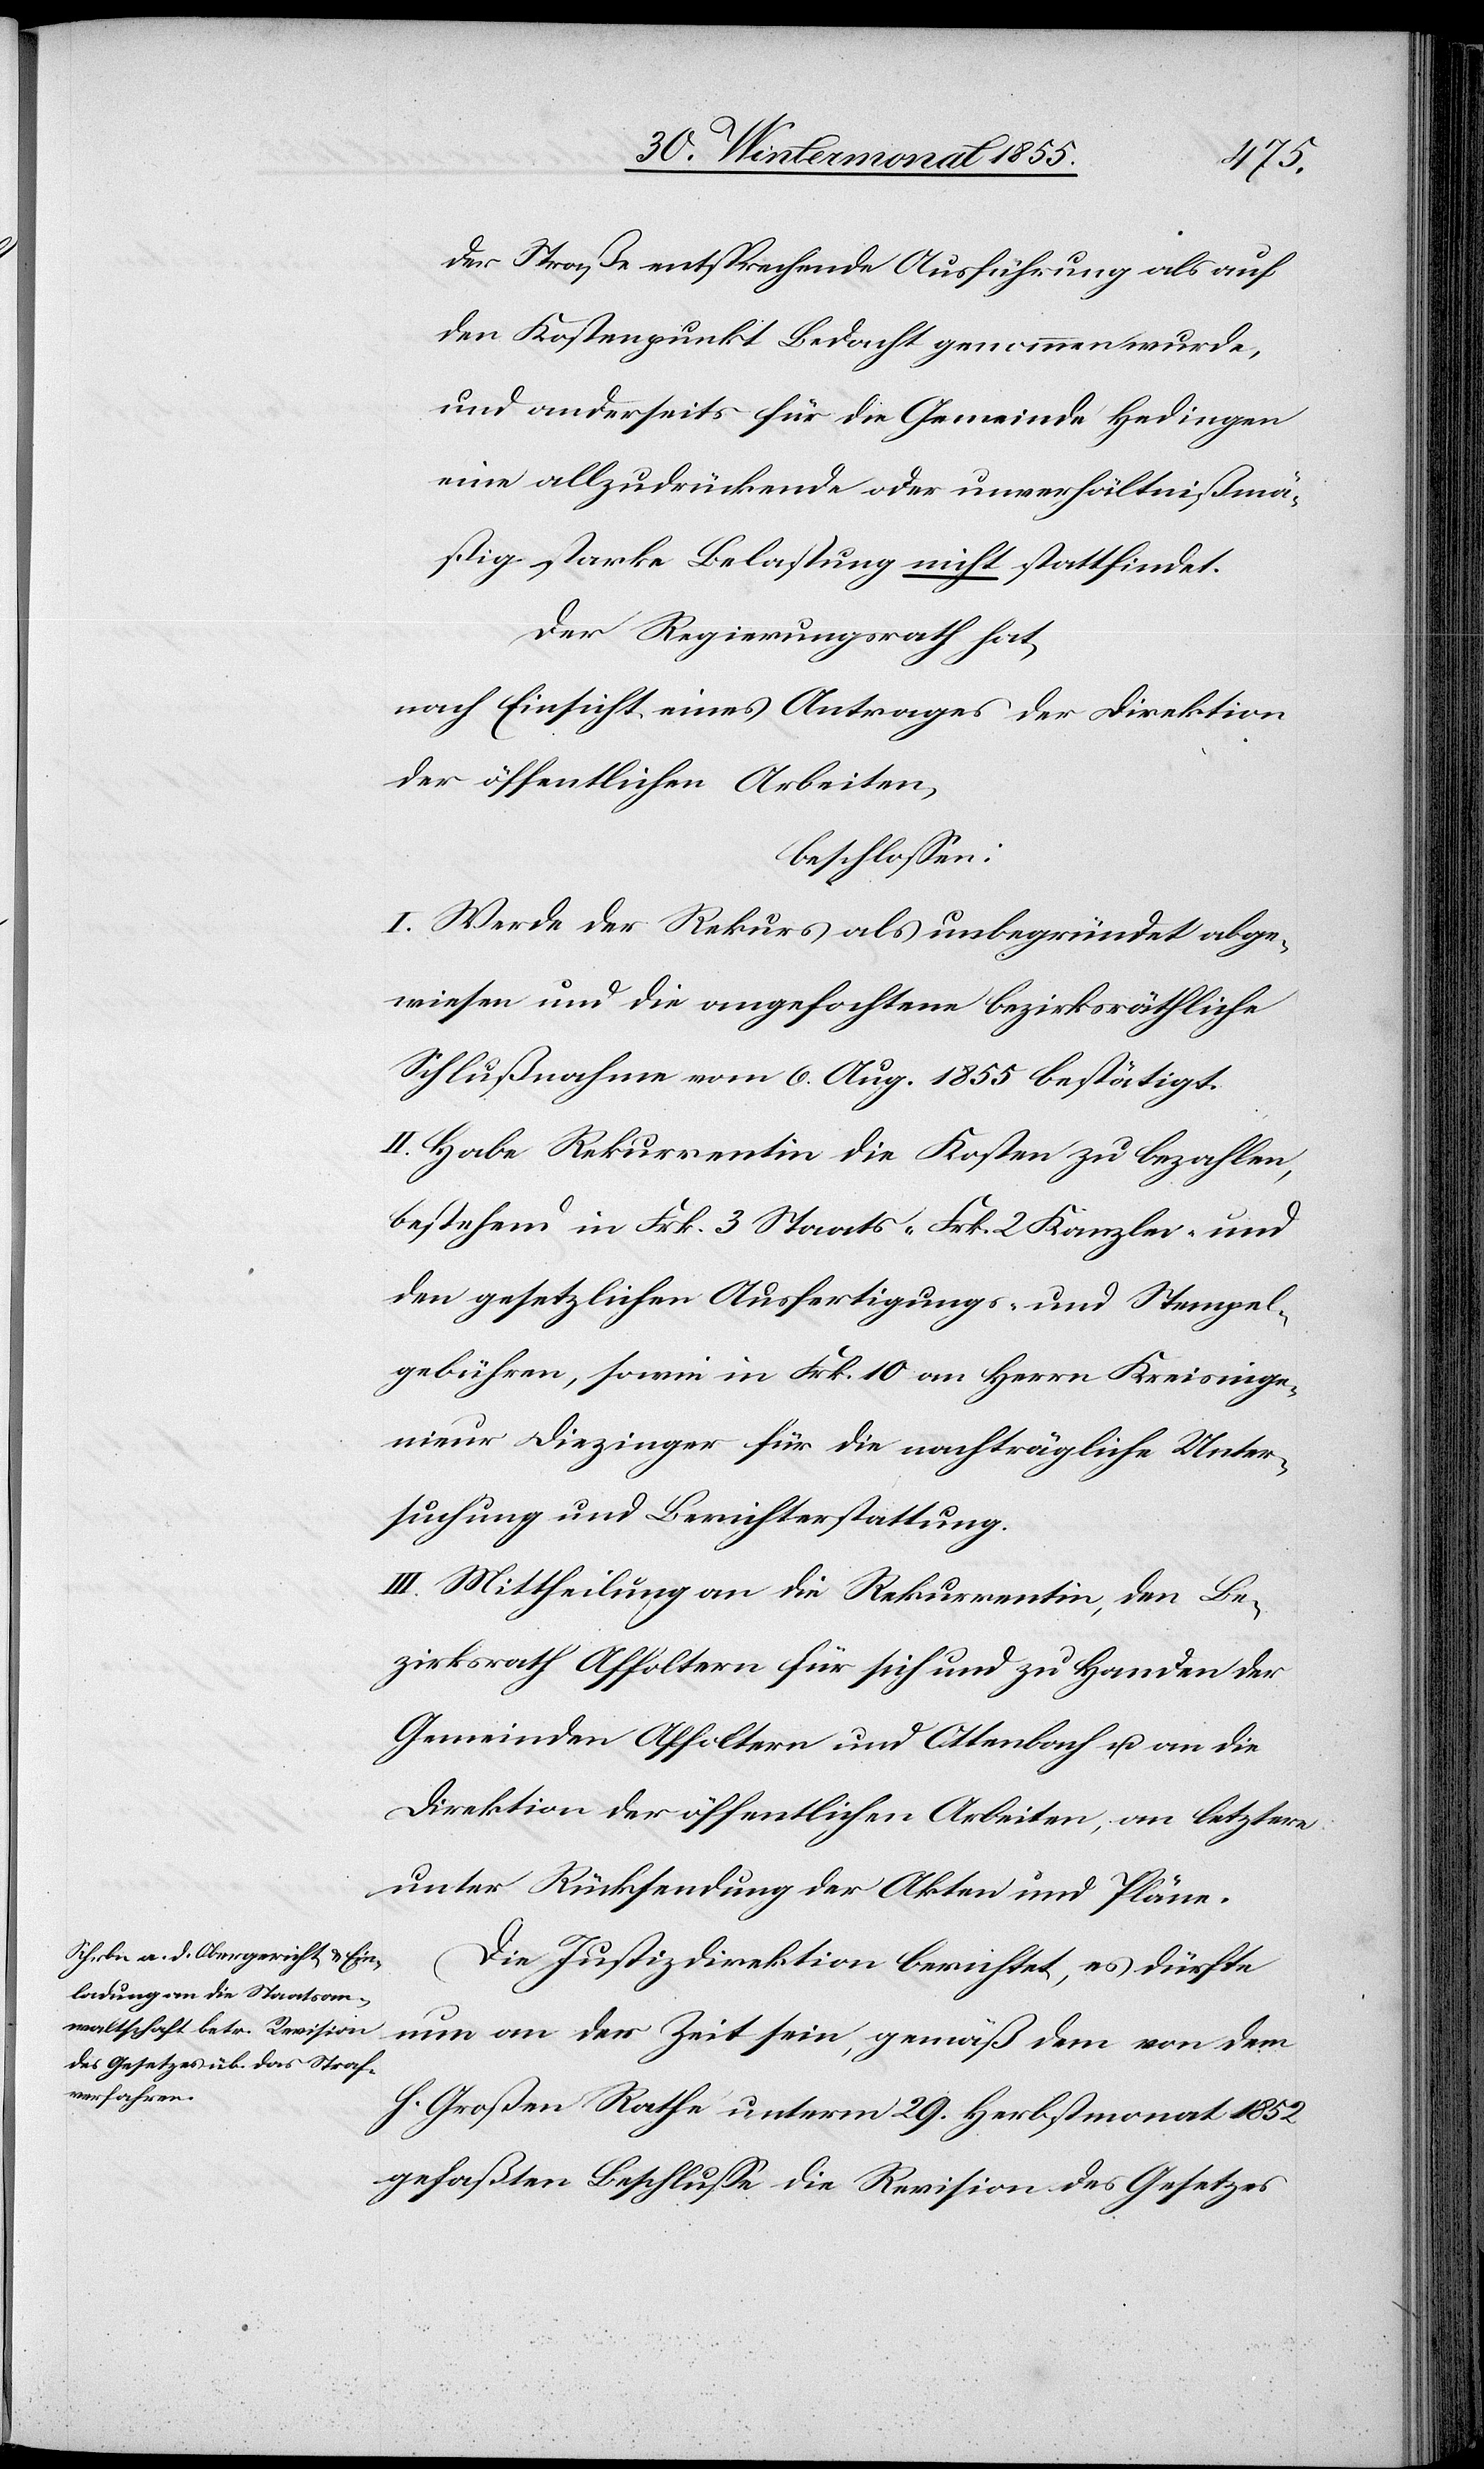
der Straße entsprechende Ausführung als auf
den Kostenpunkt Bedacht genommen wurde,
und anderseits für die Gemeinde Hedingen
eine allzudrückende oder unverhältnißmä¬
ßig starke Belastung nicht stattfindet.
Der Regierungsrath hat,
nach Einsicht eines Antrages der Direktion
der öffentlichen Arbeiten,
beschlossen:
I. Werde der Rekurs als unbegründet abge¬
wiesen und die angefochtene bezirksräthliche
Schlußnahme vom 6. Aug. 1855 bestätigt.
II. Habe Rekurrentin die Kosten zu bezahlen,
bestehend in Frk. 3 Staats-[,] Frk. 2 Kanzlei- und
den gesetzlichen Ausfertigungs- und Stempel¬
gebühren, sowie in Frk. 10 an Herrn Kreisinge¬
nieur Diezinger für die nachträgliche Unter¬
suchung und Berichterstattung.
III. Mittheilung an die Rekurrentin, den Be¬
zirksrath Affoltern für sich und zu Handen der
Gemeinden Affoltern und Ottenbach u. an die
Direktion der öffentlichen Arbeiten, an letztere
unter Rücksendung der Akten und Pläne.
Die Justizdirektion berichtet, es dürfte
nun an der Zeit sein, gemäß dem von dem
h. Großen Rathe unterm 29. Herbstmonat 1852
gefaßten Beschlusse die Revision des Gesetzes